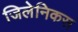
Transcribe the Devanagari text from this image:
जिलेनिकस